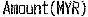
AMOUNT(MYR)